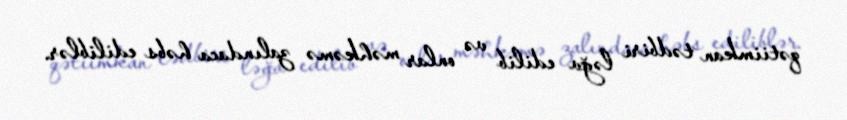
qətiimkan tədbiri ləğv edilib və onlar məhkəmə zalındaca həbs ediliblər.